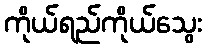
ကိုယ်ရည်ကိုယ်သွေး